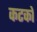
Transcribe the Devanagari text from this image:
कटको